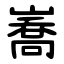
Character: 㠐